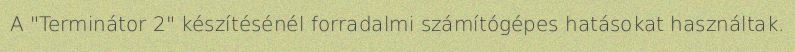
A "Terminátor 2" készítésénél forradalmi számítógépes hatásokat használtak.